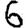
Digit: 6